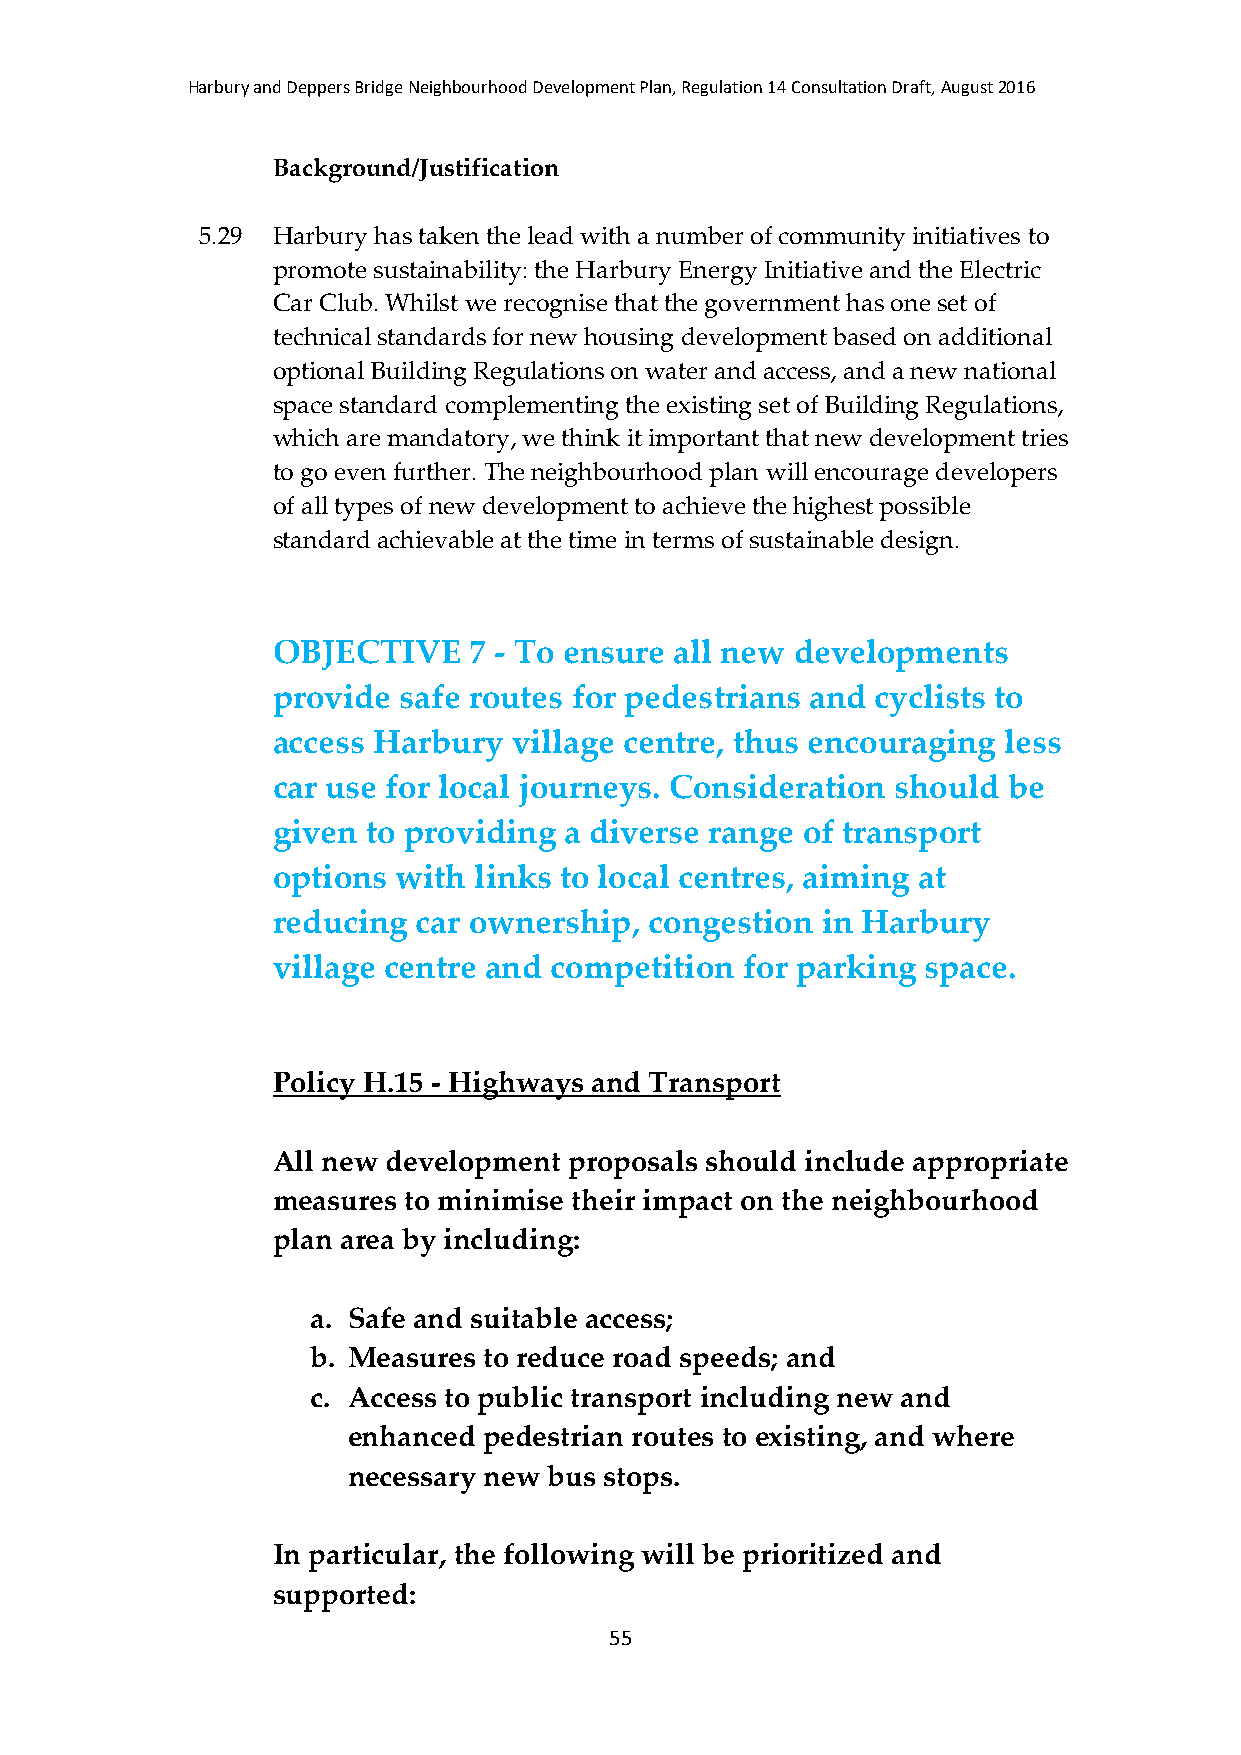
Harbury and Deppers Bridge Neighbourhood Development Plan, Regulation 14 Consultation Draft, August 2016
 Background/Justification
 5.29 Harbury has taken the lead with a number of community initiatives to
 promote sustainability: the Harbury Energy Initiative and the Electric
 Car Club. Whilst we recognise that the government has one set of
 technical standards for new housing development based on additional
 optional Building Regulations on water and access, and a new national
 space standard complementing the existing set of Building Regulations,
 which are mandatory, we think it important that new development tries
 to go even further. The neighbourhood plan will encourage developers
 of all types of new development to achieve the highest possible
 standard achievable at the time in terms of sustainable design.
 OBJECTIVE    7 - To ensure all new developments
 provide safe routes for pedestrians and cyclists to
 access Harbury  village centre, thus encouraging less
 car use for local journeys. Consideration should be
 given to providing a diverse range of transport
 options with links to local centres, aiming at
 reducing  car ownership, congestion in Harbury
 village centre and competition for parking space.
 Policy H.15 - Highways and Transport
 All new development proposals should include appropriate
 measures to minimise their impact on the neighbourhood
 plan area by including:
 a. Safe and suitable access;
 b. Measures to reduce road speeds; and
 c. Access to public transport including new and
 enhanced pedestrian routes to existing, and where
 necessary new bus stops.
 In particular, the following will be prioritized and
 supported:
 55